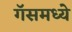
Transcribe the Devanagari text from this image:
गॅसमध्ये